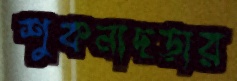
শুকনাছড়ার